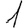
Digit: 1